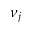
\nu _ { j }